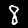
Label: 8